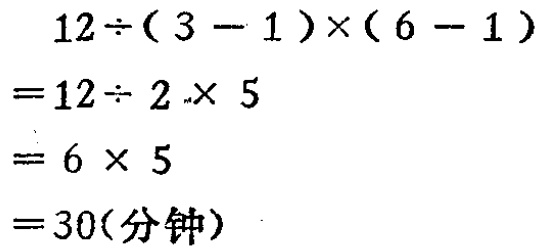
\[
\begin{align*}
&12\div(3 - 1)\times(6 - 1)\\
=&12\div 2\times 5\\
=&6\times 5\\
=&30(\text{分钟})
\end{align*}
\]